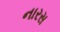
નારસ